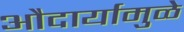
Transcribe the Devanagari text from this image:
औदार्यामुळे